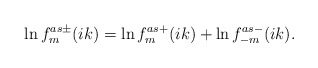
\begin{align*}\ln f^{as\pm}_m(ik)=\ln f^{as+}_m(ik)+\ln f^{as-}_{-m}(ik).\end{align*}